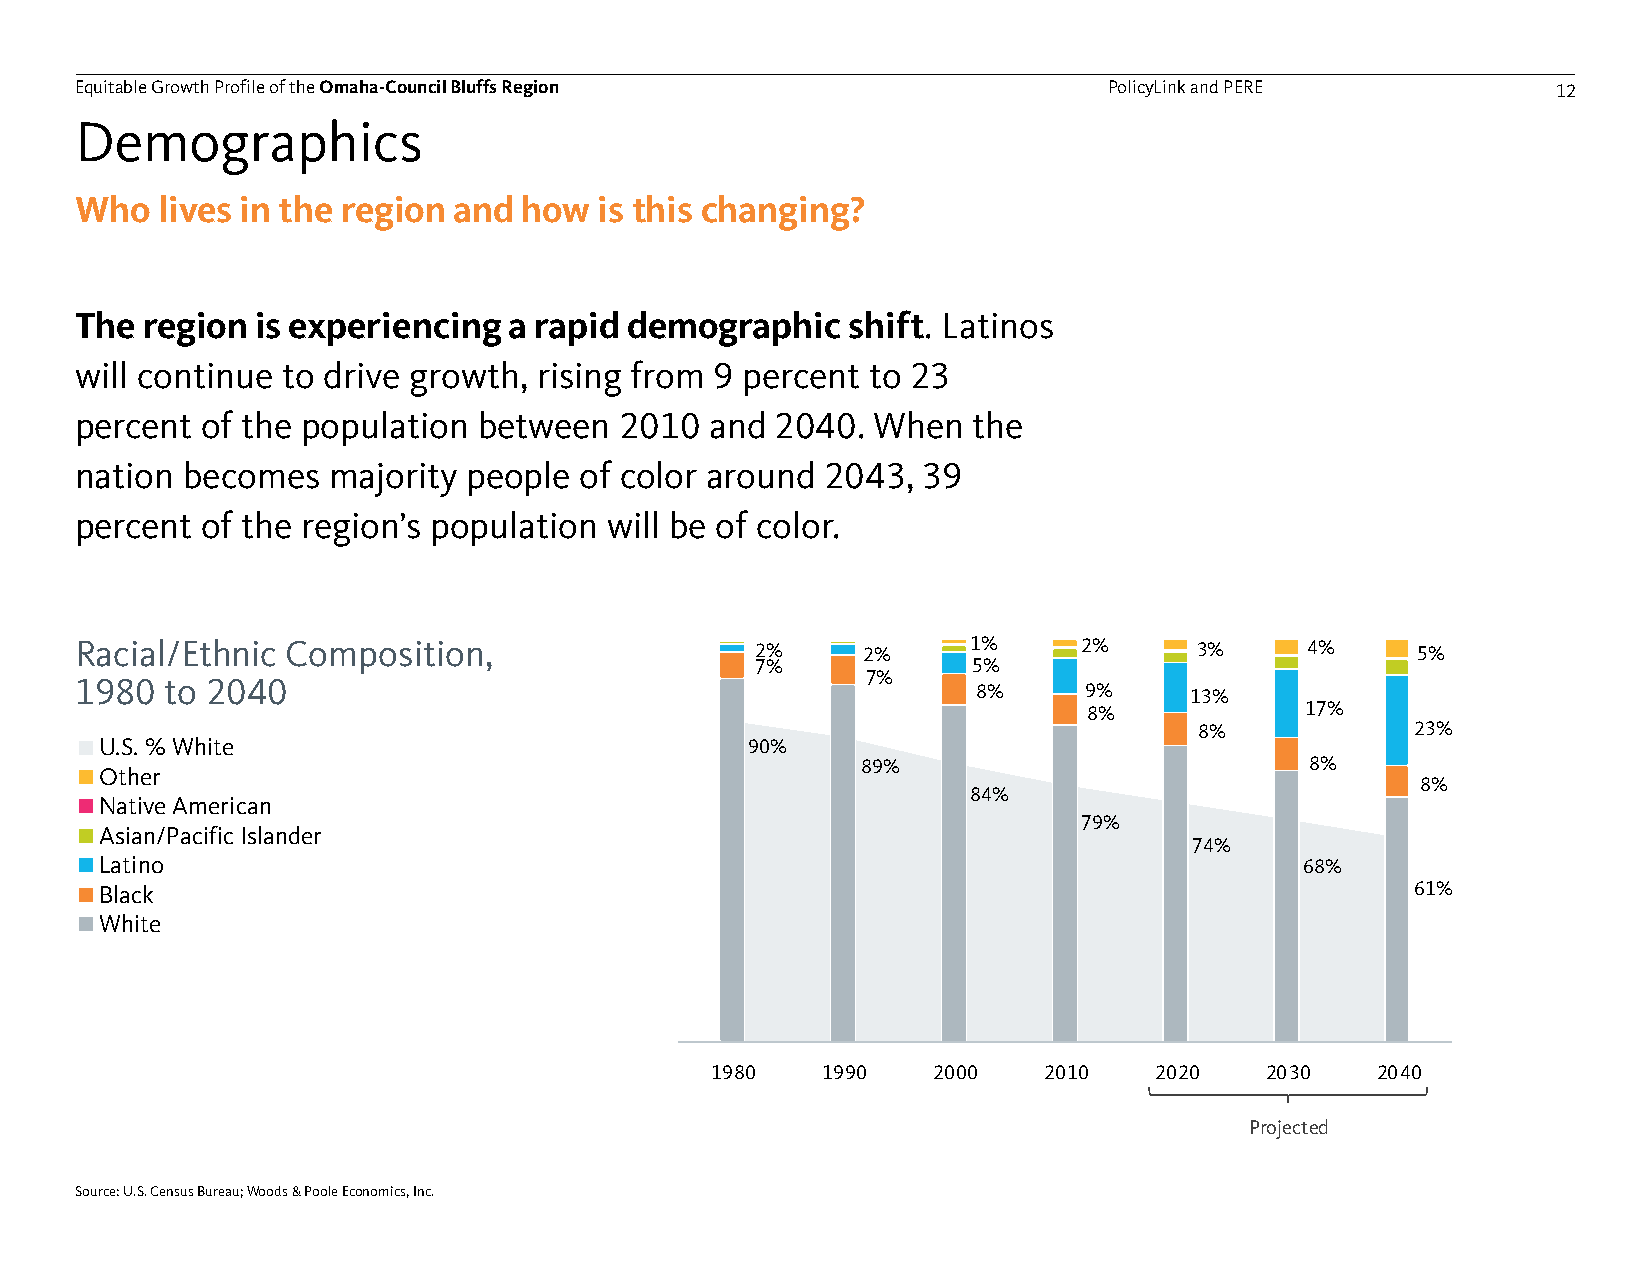
Equitable Growth Profile of theOmaha-Council Bluffs Region          PolicyLink and PERE           12
 Demographics
 Who  lives in the region and how   is this changing?
 The region  is experiencing  a rapid demographic   shift. Latinos
 will continue to drive growth, rising from 9 percent to 23
 percent of the population  between  2010  and 2040.  When  the
 nation becomes   majority people of color around  2043, 39
 percent of the region’s population will be of color.
 Racial/Ethnic Composition,                   2%     2%     1%     2%      3%     4%      5%
 7%            5%
 7%
 1980  to 2040                                               8%     9%     13%
 8%            17%
 8%             23%
 U.S. % White                               90%
 89%                           8%
 Other
 8%
 84%
 Native American
 79%
 Asian/Pacific Islander
 74%
 Latino                                                                         68%
 Black                                                                                  61%
 White
 1980   1990    2000   2010   2020    2030   2040
 Projected
 Source: U.S. Census Bureau; W 1o %ods & Poole Economics, Inc. 1% 22 %% 22 %% 31 %% 31 %% 40 %%
 19%          26%         32%          39%          44%         48%          52%
 14%
 16%
 66%
 17%
 57%                      19%
 20%
 47%
 20%
 20%
 38%
 33%
 28%
 24%
 1980        1990         2000         2010        2020         2030        2040
 Projected